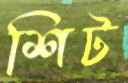
শিট